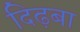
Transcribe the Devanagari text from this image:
दिढ़बा